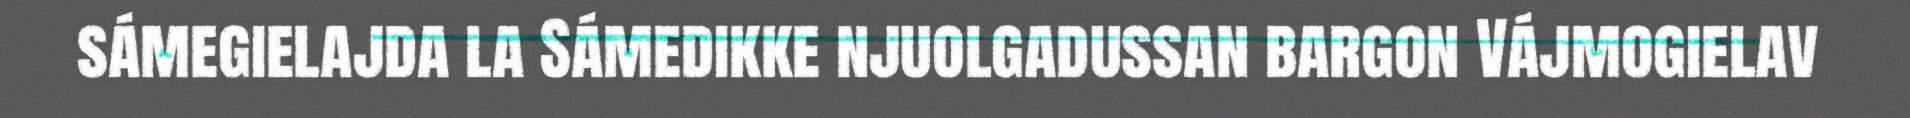
sámegielajda la Sámedikke njuolgadussan bargon Vájmogielav